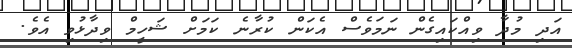
އަދި މުދާ ވިއްކައިގެން ނަމަވެސް އެކަން ކުރާނެ ކަމަށް ޝަހީމް ވިދާޅުވި އެވެ.